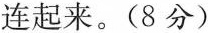
连起来。(8分)